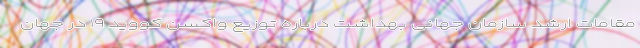
مقامات ارشد سازمان جهانی بهداشت درباره توزیع واکسن کووید ۱۹ در جهان